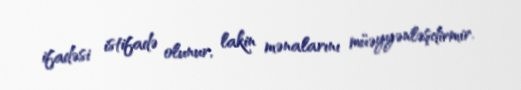
ifadəsi istifadə olunur, lakin mənalarını müəyyənləşdirmir.